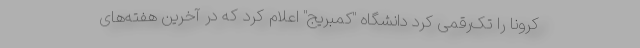
کرونا را تک‌رقمی کرد دانشگاه "کمبریج" اعلام کرد که در آخرین هفته‌های